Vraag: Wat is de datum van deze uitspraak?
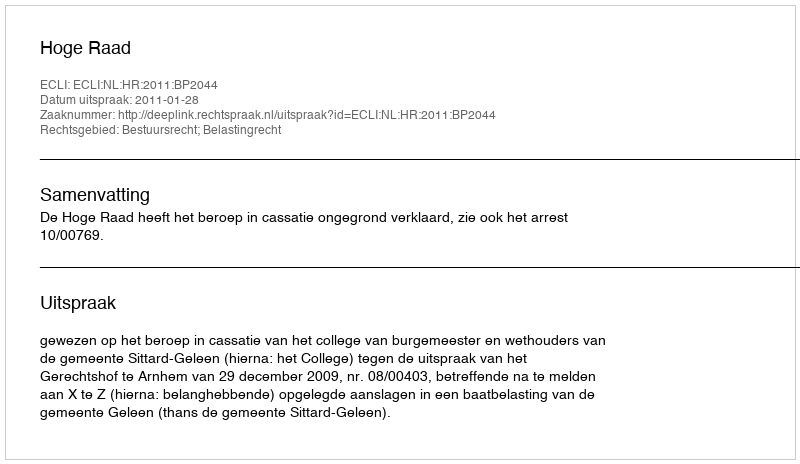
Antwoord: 2011-01-28